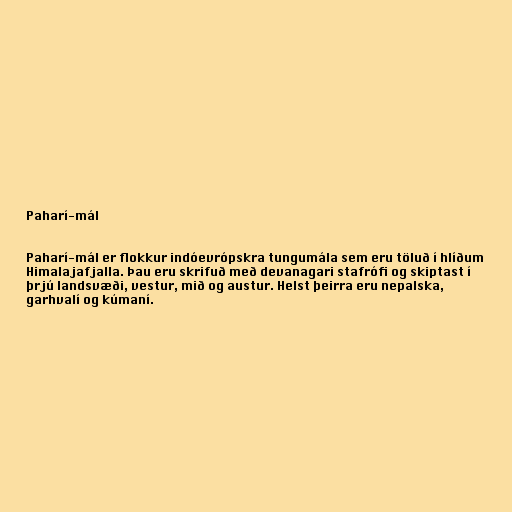
Paharí-mál

Paharí-mál er flokkur indóevrópskra tungumála sem eru töluð í hlíðum
Himalajafjalla. Þau eru skrifuð með devanagari stafrófi og skiptast í
þrjú landsvæði, vestur, mið og austur. Helst þeirra eru nepalska,
garhvalí og kúmaní.